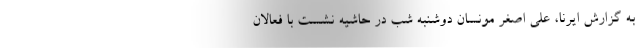
به گزارش ایرنا، علی اصغر مونسان دوشنبه شب در حاشیه نشست با فعالان